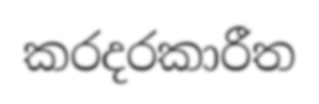
කරදරකාරීත